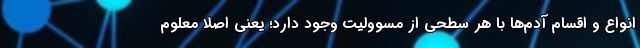
انواع و اقسام آدم‌ها با هر سطحی از مسوولیت وجود دارد؛ یعنی اصلا معلوم